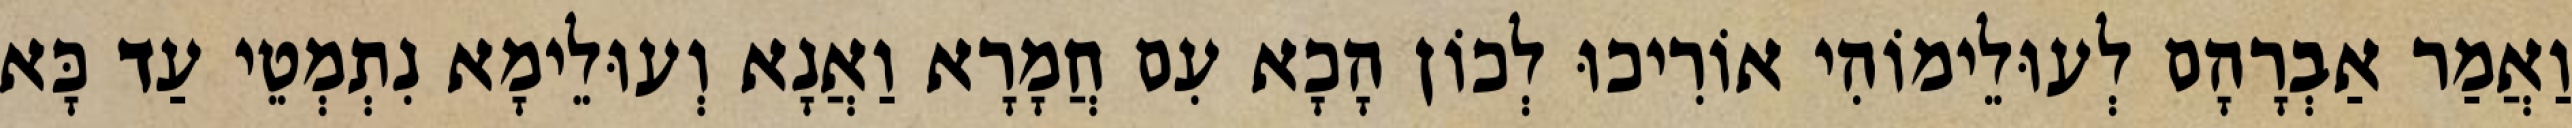
וַאֲמַר אַבְרָהָם לְעוּלֵימוֹהִי אוֹרִיכוּ לְכוֹן הָכָא עִם חֲמָרָא וַאֲנָא וְעוּלֵימָא נִתְמְטֵי עַד כָּא